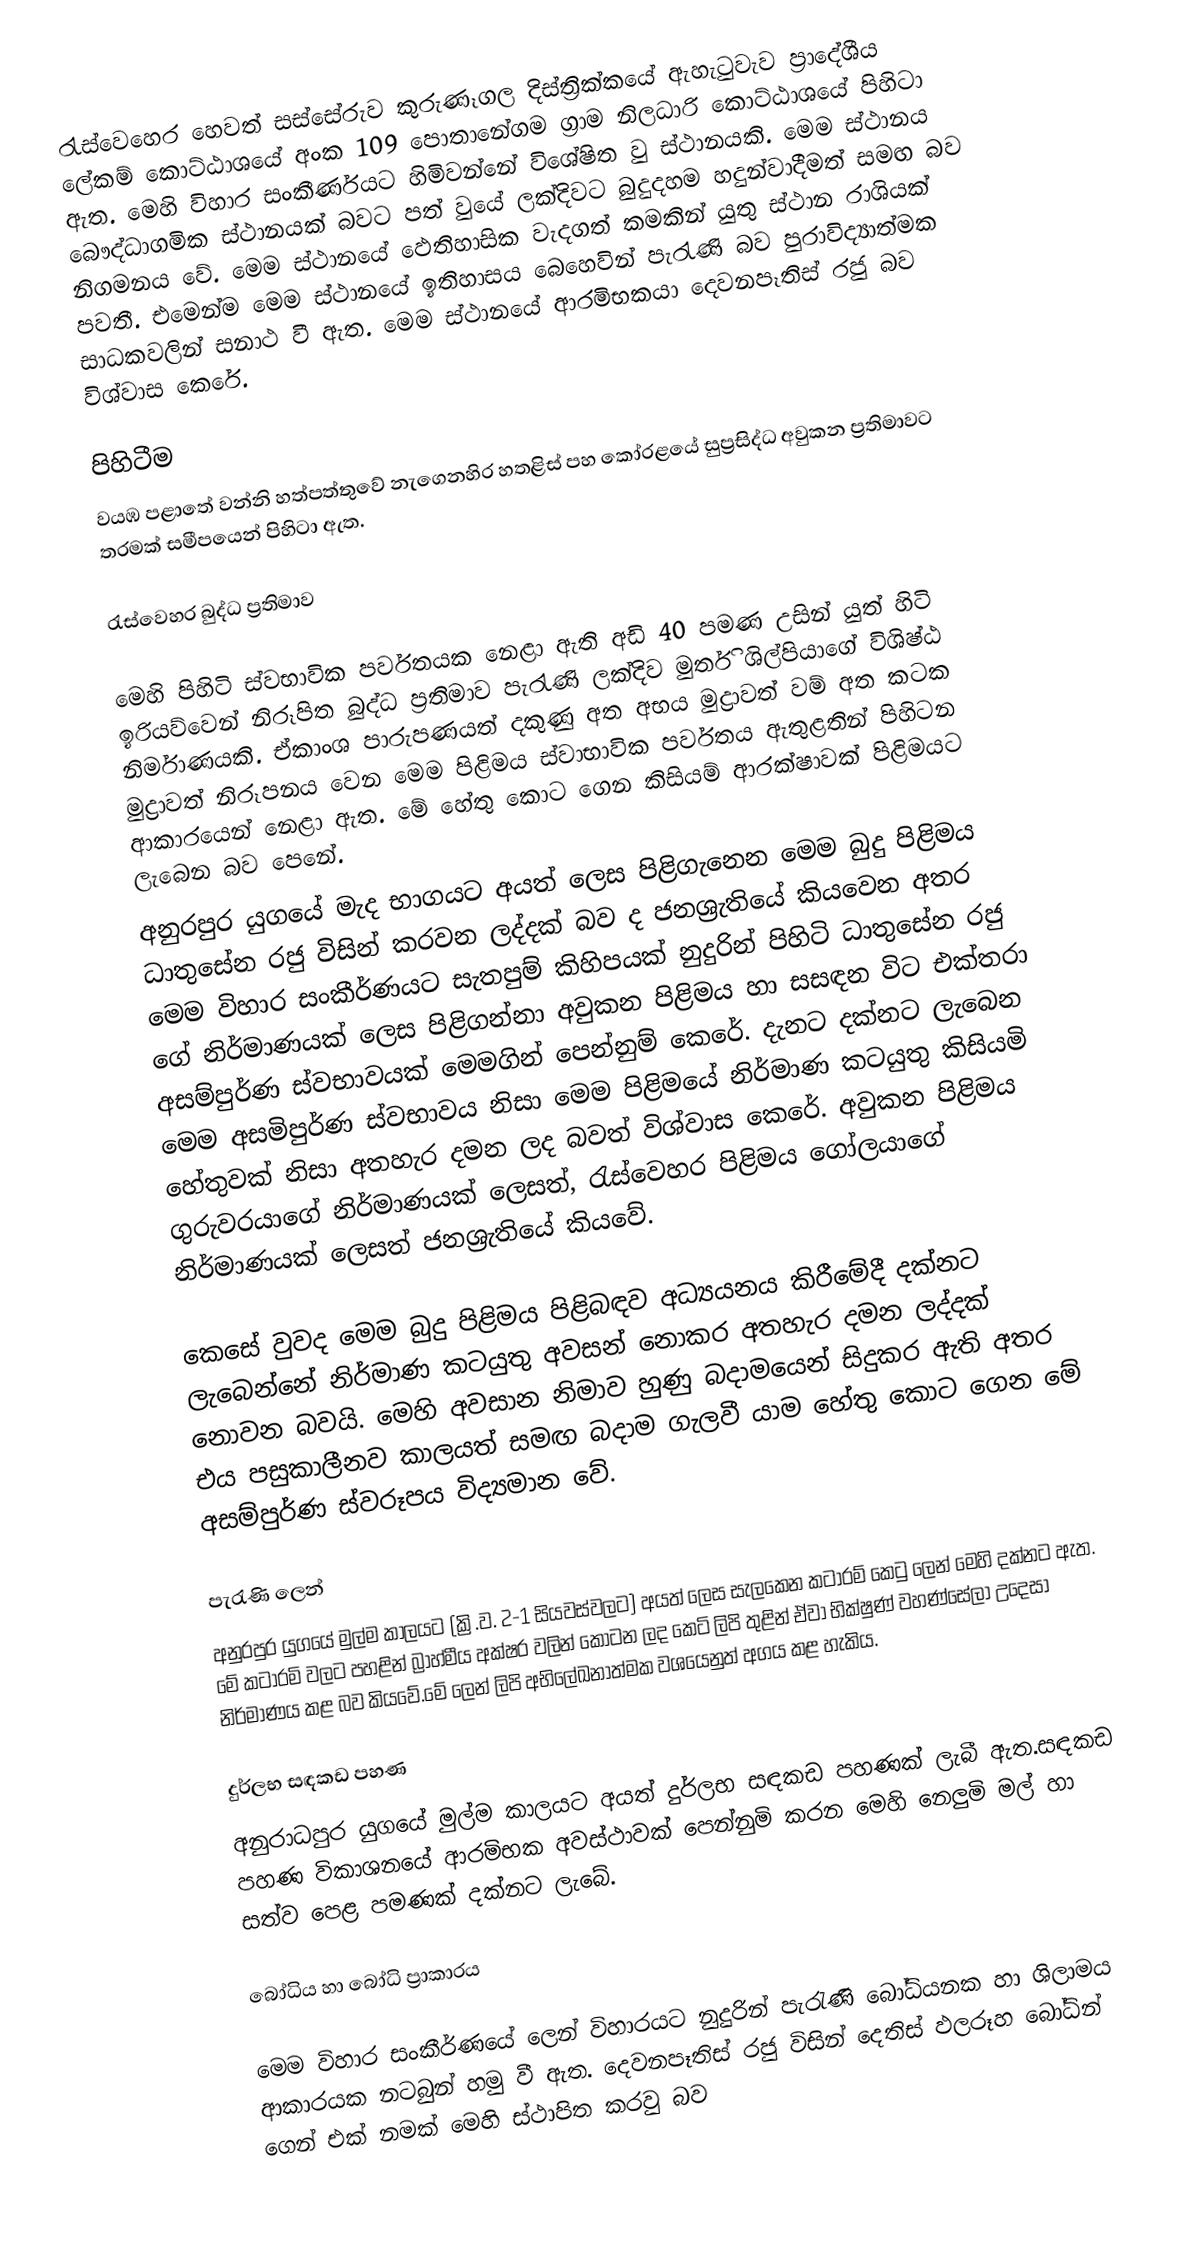
රැස්වෙහෙර හෙවත් සස්සේරුව කුරුණෑගල දිස්ත්‍රික්කයේ ඇහැටුවැව ප්‍රාදේශීය ලේකම් කොට්ඨාශයේ අංක 109 පොතානේගම ග්‍රාම නිලධාරි කොට්ඨාශයේ පිහිටා ඇත. මෙහි විහාර  සංකීර්ණයට හිමිවන්නේ විශේෂිත වු ස්ථානයකි. මෙම ස්ථානය බෞද්ධාගමික ස්ථානයක් බවට පත් වුයේ ලක්දිවට බුදුදහම හදුන්වාදීමත් සමඟ බව නිගමනය වේ. මෙම ස්ථානයේ ඵෙතිහාසික වැදගත් කමකින් යුතු ස්ථාන රාශියක් පවතී. එමෙන්ම මෙම ස්ථානයේ ඉතිහාසය බෙහෙවින් පැරැණි බව පුරාවිද්‍යාත්මක සාධකවලින් සනාථ වී ඇත. මෙම ස්ථානයේ ආරමිභකයා දෙවනපෑතිස් රජු බව විශ්වාස කෙරේ.

පිහිටීම
වයඹ පළාතේ  වන්නි හත්පත්තුවේ නැගෙනහිර හතළිස් පහ කෝරළයේ සුප්‍රසිද්ධ අවුකන ප්‍රතිමාවට තරමක් සමීපයෙන් පිහිටා ඇත.

රැස්වෙහර බුද්ධ ප්‍රතිමාව

මෙහි පිහිටි ස්වභාවික පර්වතයක නෙළා ඇති අඩි 40 පමණ උසින් යුත් හිටි ඉරියව්වෙන් නිරූපිත බුද්ධ ප්‍රතිමාව පැරැණි ලක්දිව මුර්ති ශිල්පියාගේ විශිෂ්ඨ නිර්මාණයකි. ඒකාංශ පාරුපණයත් දකුණු අත අභය මුද්‍රාවත් වම් අත කටක මුද්‍රාවත් නිරූපනය වෙන මෙම පිළිමය ස්වාභාවික පර්වතය ඇතුළතින් පිහිටන ආකාරයෙන් නෙළා ඇත. මේ හේතු කොට ගෙන කිසියම් ආරක්ෂාවක් පිළිමයට ලැබෙන බව පෙනේ.
අනුරපුර යුගයේ මැද භාගයට අයත් ලෙස පිළිගැනෙන මෙම බුදු පිළිමය ධාතුසේන රජු විසින් කරවන ලද්දක් බව ද ජනශ්‍රැතියේ කියවෙන අතර මෙම විහාර සංකීර්ණයට සැතපුම්  කිහිපයක් නුදුරින් පිහිටි ධාතුසේන රජු ගේ නිර්මාණයක් ලෙස පිළිගන්නා අවුකන පිළිමය හා සසඳන විට එක්තරා අසම්පුර්ණ ස්වභාවයක් මෙමගින් පෙන්නුම් කෙරේ. දැනට දක්නට ලැබෙන මෙම අසමිපුර්ණ ස්වභාවය නිසා මෙම පිළිමයේ නිර්මාණ කටයුතු කිසියමි හේතුවක් නිසා අතහැර දමන ලද බවත් විශ්වා‍ස  කෙරේ. අවුකන පිළිමය ගුරුවරයාගේ නිර්මාණයක් ලෙසත්, රැස්වෙහර පිළිමය ගෝලයාගේ නිර්මාණයක් ලෙසත් ජනශ්‍රැතියේ කියවේ.

කෙසේ වුවද මෙම බුදු පිළිමය පිළිබඳව අධ්‍යයනය කිරීමේදී දක්නට ලැබෙන්නේ නිර්මාණ කටයුතු අවසන් නොකර අතහැර දමන ලද්දක් නොවන බවයි. මෙහි අවසාන නිමාව හුණු බදාමයෙන් සිදුකර ඇති අතර  එය පසුකාලීනව කාලයත් සමඟ බදාම ගැලවී යාම හේතු කොට ගෙන මේ අසම්පුර්ණ ස්වරූපය විද්‍යමාන වේ.

පැරැණි ලෙන්
අනුරපුර යුගයේ මුල්ම කාලයට (ක්‍රි.ව. 2-1 සියවස්වලට) අයත් ලෙස  සැලකෙන කටාරම් කෙටු ලෙන් මෙහි දක්නට ඇත.  මේ කටාරමි වලට පහළින්  බ්‍රාහ්මීය  අක්ෂර වලින්  කොටන ලද කෙටි ලිපි තුළින්  ඒවා භික්ෂුණ් වහණ්සේලා උදෙසා නිර්මාණය කළ බව කියවේ.මේ ලෙන්  ලිපි අභිලේඛනාත්මක වශයෙනුත් අගය කළ හැකිය.

දුර්ලභ සඳකඩ පහණ
අනුරාධපුර යුගයේ මුල්ම කාලයට අයත් දුර්ලභ සඳකඩ පහණක්  ලැබී ඇත.සඳකඩ පහණ විකාශනයේ ආරමිභක අවස්ථාවක් පෙන්නුමි කරන මෙහි  නෙලුමි මල් හා සත්ව පෙළ  පමණක් දක්නට ලැබේ.

බෝධිය හා බෝධි ප්‍රාකාරය

මෙම විහාර සංකීර්ණයේ ලෙන් විහාරයට නුදුරින් පැරැණි බෝධියනක හා ශිලාමය ආකාරයක නටබුන් හමු වී ඇත. දෙවනපෑතිස් රජු විසින් දෙතිස් ඵලරූහ බෝධින් ගෙන් එක් නමක් මෙහි ස්ථාපිත කරවු බව